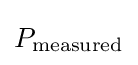
P_{\mathrm {measured} }